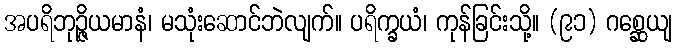
အပရိဘုဉ္ဇိယမာနံ၊ မသုံးဆောင်ဘဲလျက်။ ပရိက္ခယံ၊ ကုန်ခြင်းသို့။ (၉၁) ဂစ္ဆေယျ